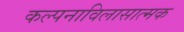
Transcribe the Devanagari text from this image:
कल्पनाविलासात्मक